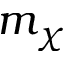
m _ { \chi }